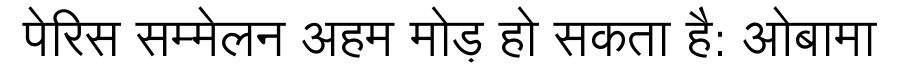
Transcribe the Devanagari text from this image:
पेरिस सम्मेलन अहम मोड़ हो सकता है: ओबामा